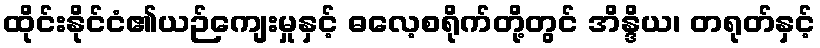
ထိုင်းနိုင်ငံ၏ယဉ်ကျေးမှုနှင့် ဓလေ့စရိုက်တို့တွင် အိန္ဒိယ၊ တရုတ်နှင့်